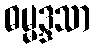
ဓမ္မဒ္ဒသာ